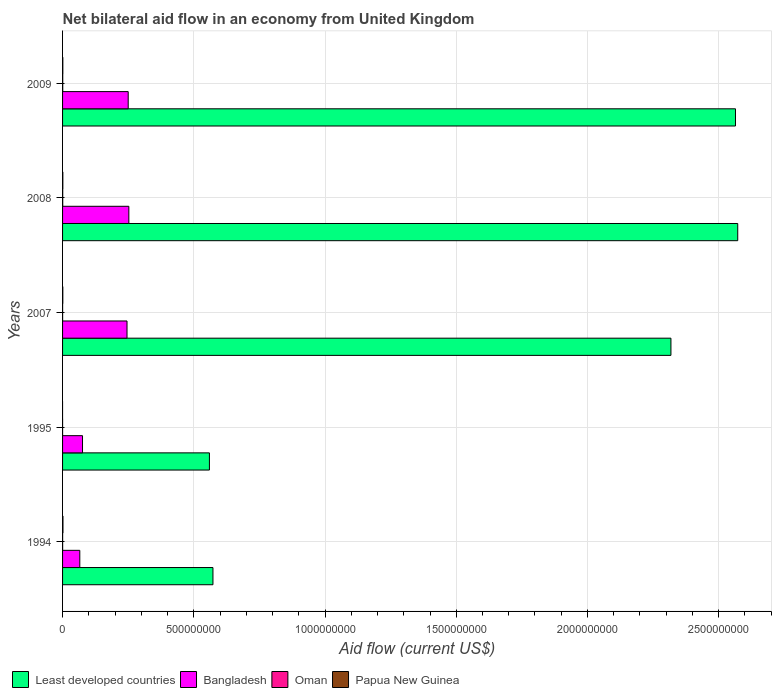
| Years | Least developed countries | Bangladesh | Oman | Papua New Guinea |
 | --- | --- | --- | --- | --- |
 | 1994 | 5.73e+08 | 6.57e+07 | 2.1e+05 | 1.51e+06 |
 | 1995 | 5.6e+08 | 7.6e+07 | 4e+04 | -1.6e+05 |
 | 2007 | 2.32e+09 | 2.46e+08 | 1.7e+05 | 9.6e+05 |
 | 2008 | 2.57e+09 | 2.53e+08 | 5.6e+05 | 1.07e+06 |
 | 2009 | 2.56e+09 | 2.5e+08 | 6.4e+05 | 9.8e+05 |